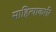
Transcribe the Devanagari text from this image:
साहित्याकररि